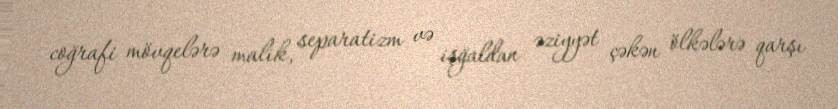
coğrafi mövqelərə malik, separatizm və işğaldan əziyyət çəkən ölkələrə qarşı